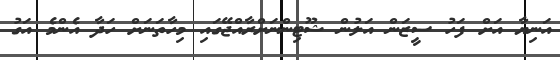
އަނިޔާ އަށް ފަހު ސީޒަން އަލުން ޝޫޓިންނަށްރާއްޖޭގައި މިހާތަނަށް ހަދާ އެންމެ އަގު